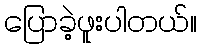
ပြောခဲ့ဖူးပါတယ်။